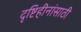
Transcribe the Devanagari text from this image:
दृष्टिहीनांसाठी